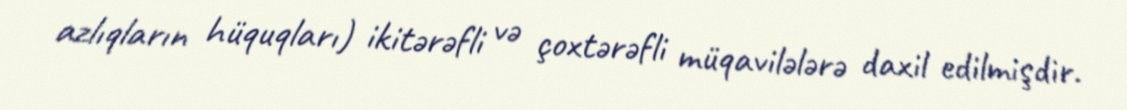
azlıqların hüquqları) ikitərəfli və çoxtərəfli müqavilələrə daxil edilmişdir.